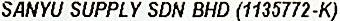
SANYU SUPPLY SDN BHD (1135772-K)